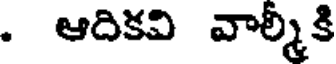
. ఆదికవి వాల్మీకి